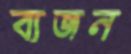
ব্যজন